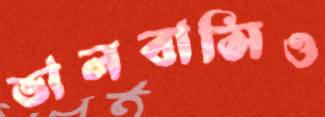
ভালবাসিও